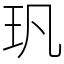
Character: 㺬